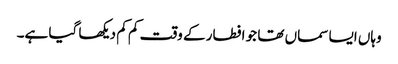
وہاں ایسا سماں تھا جو افطار کے وقت کم کم دیکھا گیا ہے۔